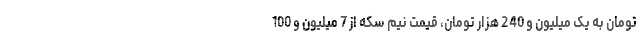
تومان به یک میلیون و 240 هزار تومان، قیمت نیم سکه از 7 میلیون و 100